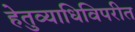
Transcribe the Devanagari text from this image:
हेतुव्याधिविपरीत